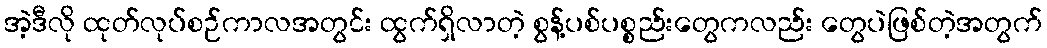
အဲ့ဒီလို ထုတ်လုပ်စဉ်ကာလအတွင်း ထွက်ရှိလာတဲ့ စွန့်ပစ်ပစ္စည်းတွေကလည်း တွေပဲဖြစ်တဲ့အတွက်